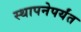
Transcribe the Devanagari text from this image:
स्थापनेपर्यंत